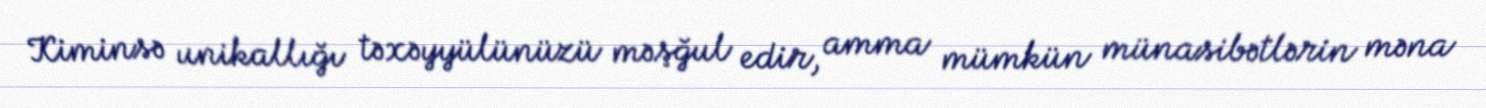
Kiminsə unikallığı təxəyyülünüzü məşğul edir, amma mümkün münasibətlərin məna